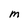
Character: m